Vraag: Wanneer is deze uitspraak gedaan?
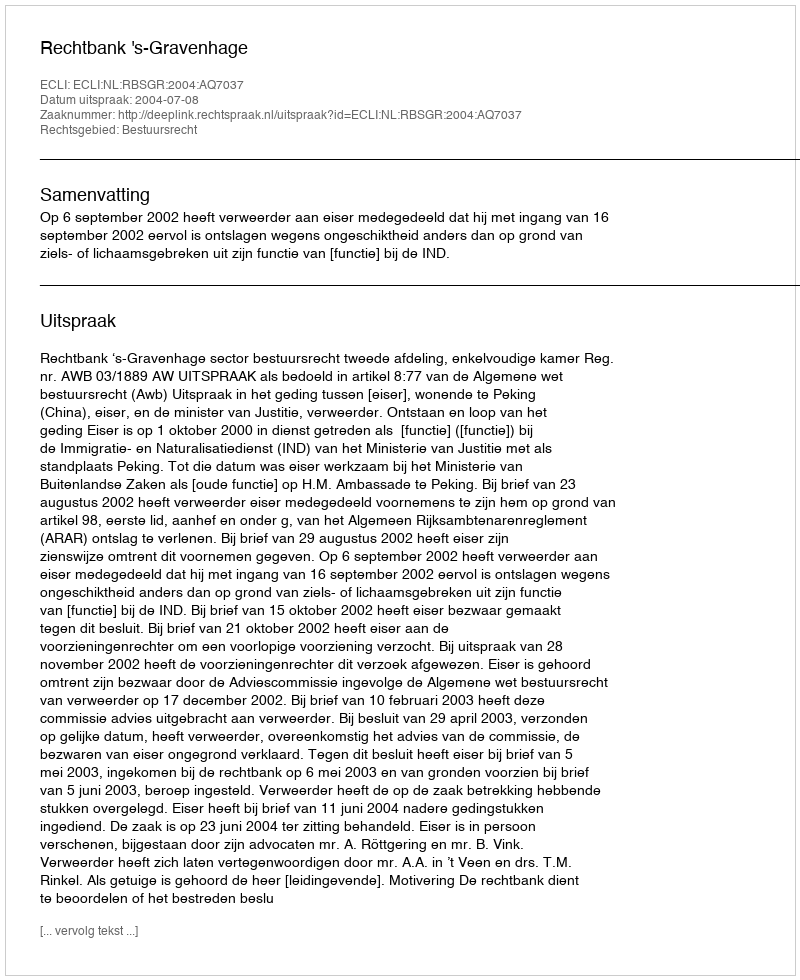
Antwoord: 2004-07-08